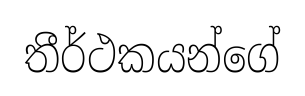
තීර්ථකයන්ගේ